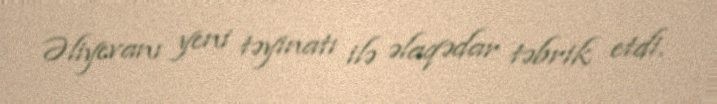
Əliyevanı yeni təyinatı ilə əlaqədar təbrik etdi.